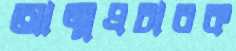
আত্মপ্রচারক